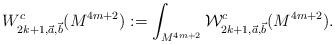
LaTeX: \begin{align*}W^c_{2k+1, \vec a, \vec b}(M^{4m+2}):=\int_{M^{4m+2}} \mathcal{W}^c_{2k+1, \vec a, \vec b}(M^{4m+2}).\end{align*}